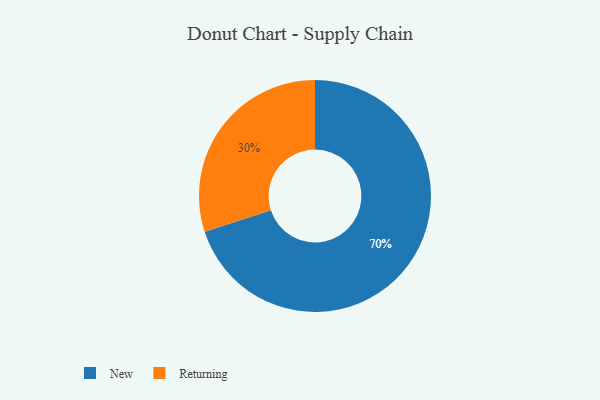
{"axis": {"x": "Category", "y": "Percentage"}, "legend": ["New", "Returning"], "data": [{"x": "New", "y": 70, "type": "New"}, {"x": "Returning", "y": 30, "type": "Returning"}]}